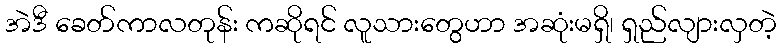
အဲဒီ ခေတ်ကာလတုန်း ကဆိုရင် လူသားတွေဟာ အဆုံးမရှိ၊ ရှည်လျားလှတဲ့